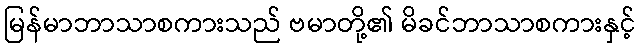
မြန်မာဘာသာစကားသည် ဗမာတို့၏ မိခင်ဘာသာစကားနှင့်